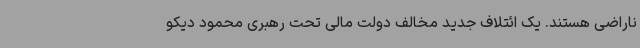
ناراضی هستند. یک ائتلاف جدید مخالف دولت مالی تحت رهبری محمود دیکو